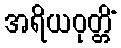
အရိယဝုတ္တိံ